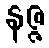
နဇ္ဇ